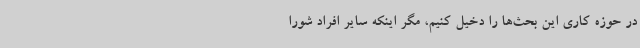
در حوزه کاری این بحث‌ها را دخیل کنیم‌، مگر اینکه سایر افراد شورا